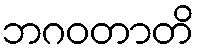
ဘဂဝတာတိ